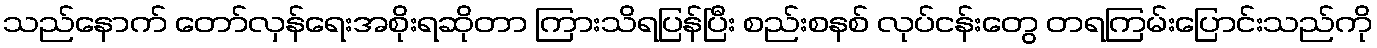
သည်နောက် တော်လှန်ရေးအစိုးရဆိုတာ ကြားသိရပြန်ပြီး စည်းစနစ် လုပ်ငန်းတွေ တရကြမ်းပြောင်းသည်ကို